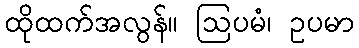
ထိုထက်အလွန်။ ဩပမံ၊ ဥပမာ